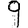
Digit: 9